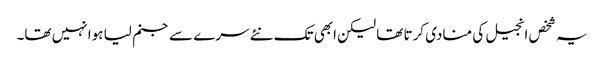
یہ شخص انجیل کی منادی کرتا تھا لیکن ابھی تک نئے سرے سے جنم لیا ہوا نہیں تھا۔